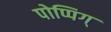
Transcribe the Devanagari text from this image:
पोप्पिग्